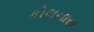
કોલનાસ